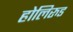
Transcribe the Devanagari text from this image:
होलिरुड